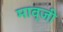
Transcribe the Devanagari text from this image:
माव्जी